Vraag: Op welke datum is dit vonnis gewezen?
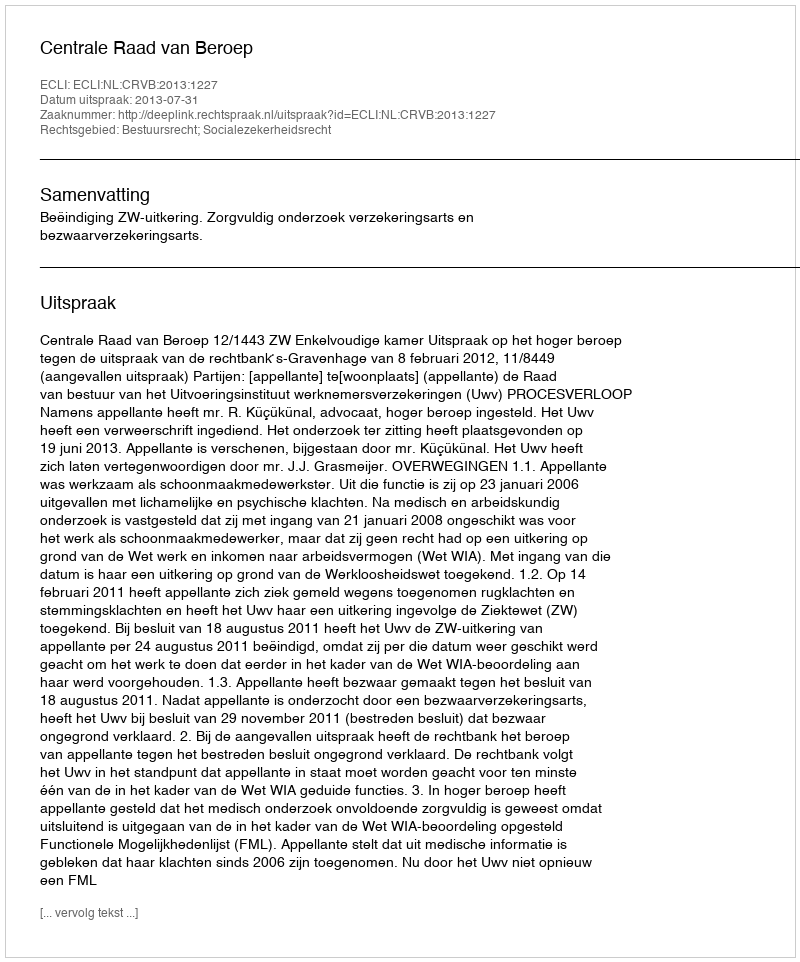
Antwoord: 2013-07-31